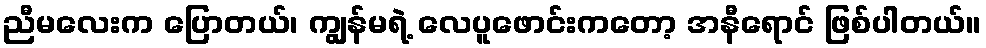
ညီမလေးက ပြောတယ်၊ ကျွန်မရဲ့ လေပူဖောင်းကတော့ အနီရောင် ဖြစ်ပါတယ်။